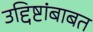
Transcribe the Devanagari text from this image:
उद्दिष्टांबाबत